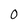
Character: 0